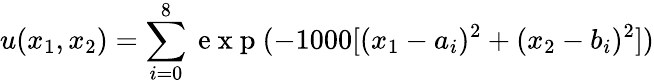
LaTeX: u(x_{1},x_{2})=\sum_{i=0}^{8}\mathrm{~e~x~p~}(-1000[(x_{1}-a_{i})^{2}+(x_{2}-b_{i})^{2}])